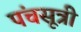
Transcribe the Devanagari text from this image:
पंचसूत्री